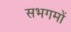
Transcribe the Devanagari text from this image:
सभगमों